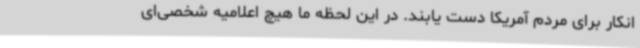
انکار برای مردم آمریکا دست یابند. در این لحظه ما هیچ اعلامیه شخصی‌ای